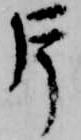
片